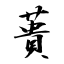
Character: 蕢